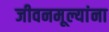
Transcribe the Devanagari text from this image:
जीवनमूल्यांना